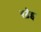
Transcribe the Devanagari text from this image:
बढ़ैइ